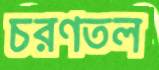
চরণতল